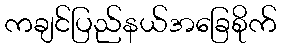
ကချင်ပြည်နယ်အခြေစိုက်